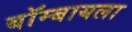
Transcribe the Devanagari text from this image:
बॉम्बायला